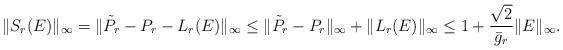
LaTeX: \begin{align*}\|S_r(E)\|_{\infty}=\|\tilde P_r-P_r-L_r(E)\|_{\infty}\leq \|\tilde P_r-P_r\|_{\infty} + \|L_r(E)\|_{\infty}\leq 1+ \frac{\sqrt{2}}{\bar g_r}\|E\|_{\infty}.\end{align*}